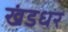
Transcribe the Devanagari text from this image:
खंडधर